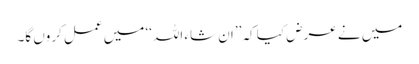
میں نے عرض کیا کہ ’’ان شاء اللہ‘‘ میں عمل کروں گا۔